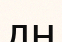
дн